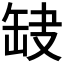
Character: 𦈫